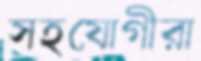
সহযোগীরা